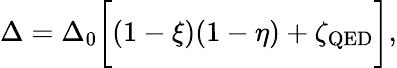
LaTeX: \Delta=\Delta_{0}\bigg[(1-\xi)(1-\eta)+\zeta_{\mathrm{QED}}\bigg],